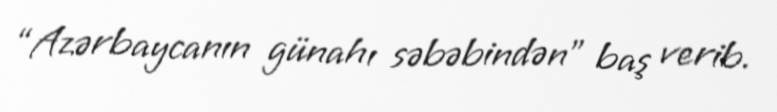
“Azərbaycanın günahı səbəbindən” baş verib.